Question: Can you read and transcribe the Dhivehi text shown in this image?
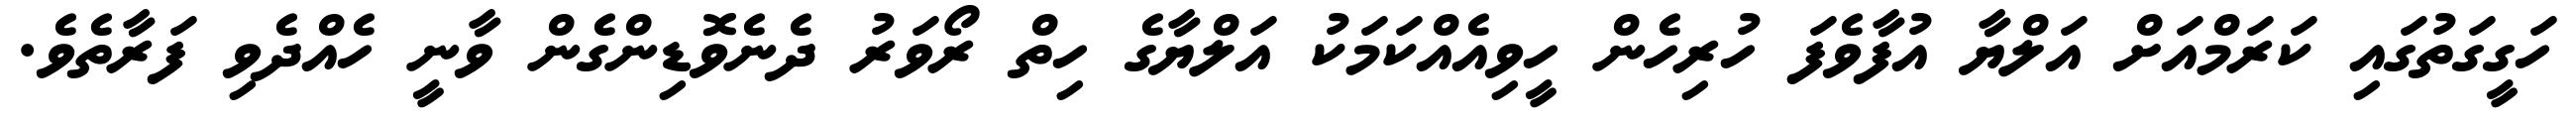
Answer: ހަގީގަތުގައި ކަރަމްއަށް އަލްޔާ އުފާވެފަ ހުރިހެން ހީވިއެއްކަމަކު އަލްޔާގެ ހިތް ރޯވަރު ދެނެވޮޑިންގެން ވާނީ ހެއްދެވި ފަރާތެވެ.